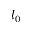
l _ { 0 }